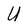
Character: U